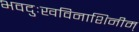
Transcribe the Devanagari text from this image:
भवदुःखविनाशिनीम्